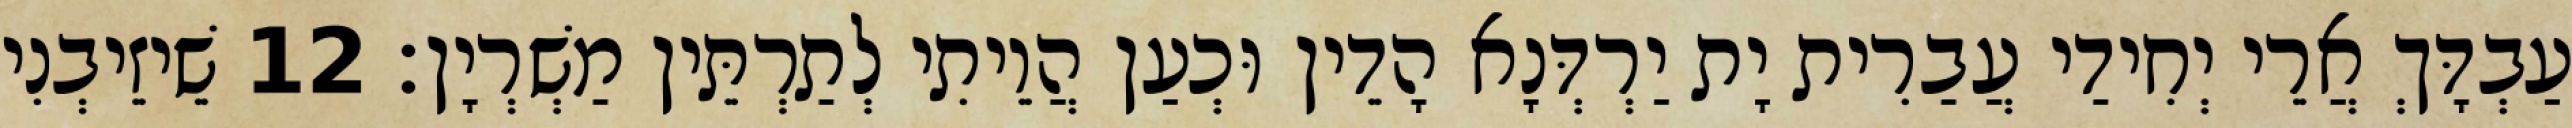
עַבְדָּךְ אֲרֵי יְחִידַי עֲבַרִית יָת יַרְדְּנָא הָדֵין וּכְעַן הֲוֵיתִי לְתַרְתֵּין מַשְׁרְיָן׃ 12 שֵׁיזֵיבְנִי